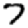
Digit: 7